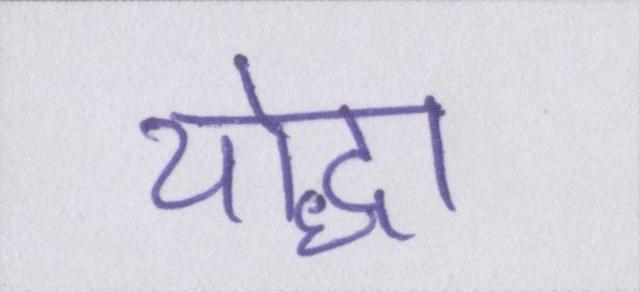
योद्धा